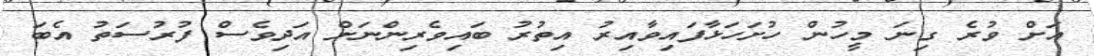
އަށް ވުރެ ގިނަ މީހުން ހުށަހަޅާފައިވާއިރު އިތުރު ބައިވެރިންނަށް އަދިވެސް ފުރުސަތު އެބަ